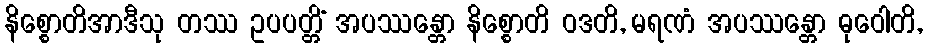
နိစ္စောတိအာဒီသု တဿ ဥပပတ္တိံ အပဿန္တော နိစ္စောတိ ဝဒတိ, မရဏံ အပဿန္တော ဓုဝေါတိ,